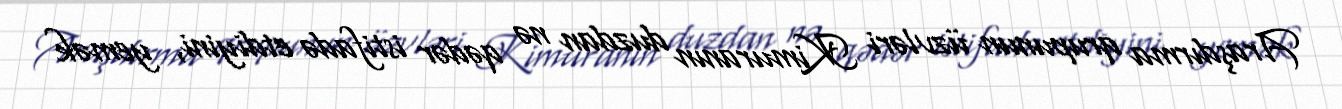
Araşdırma qrupunun üzvləri Kimuranın duzdan nə qədər istifadə etdiyini, yemək